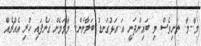
މާ..މާ.. ތަށިވެސް މި ބައިންދަނީ އަ..އަޅުގަނޑު ބަލާނަން.. މާމަމެން ގަނެފައި ހުރި އެއްޗެއް